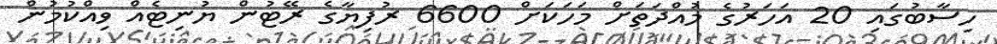
ހިސާބުގައި 20 އަހަރުގެ މުއްދަތަށް މަހަކަށް 6600 ރުފިޔާގެ ރޭޓުން ޔުނިޓެއް ވިއްކުމުން